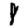
Digit: 8